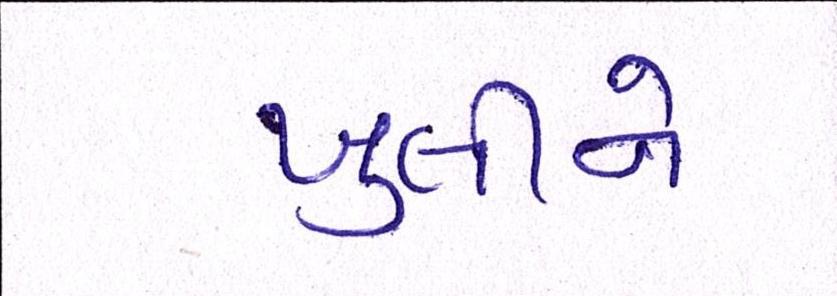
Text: ખુલીને